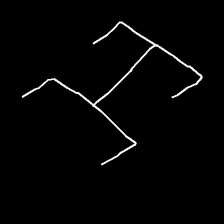
Glyph: entwine